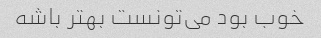
خوب بود می‌تونست بهتر باشه